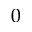
0